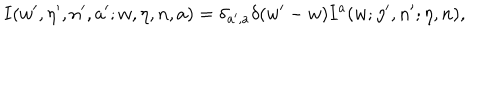
LaTeX: I ( w ^ { \prime } , \eta ^ { \prime } , n ^ { \prime } , a ^ { \prime } ; w , \eta , n , a ) = \delta _ { a ^ { \prime } , a } \delta ( w ^ { \prime } - w ) I ^ { a } ( w ; \eta ^ { \prime } , n ^ { \prime } ; \eta , n ) ,